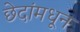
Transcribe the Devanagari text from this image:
छेदांमधून